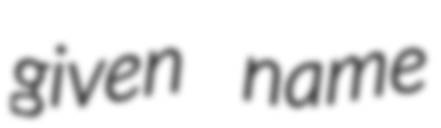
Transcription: given name